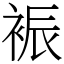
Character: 裖